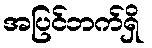
အပြင်ဘက်ရှိ